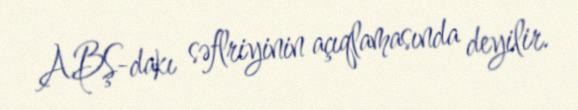
ABŞ-dakı səflriyinin açıqlamasında deyilir.